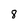
Character: 8